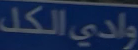
وادي الكل